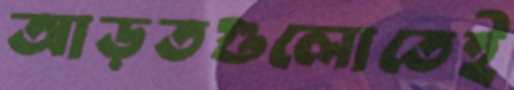
আড়তগুলোতেই